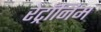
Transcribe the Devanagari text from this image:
रेट्रॉनिम